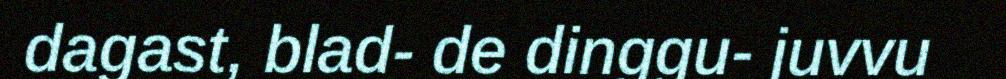
dagast, blad- de dinggu- juvvu